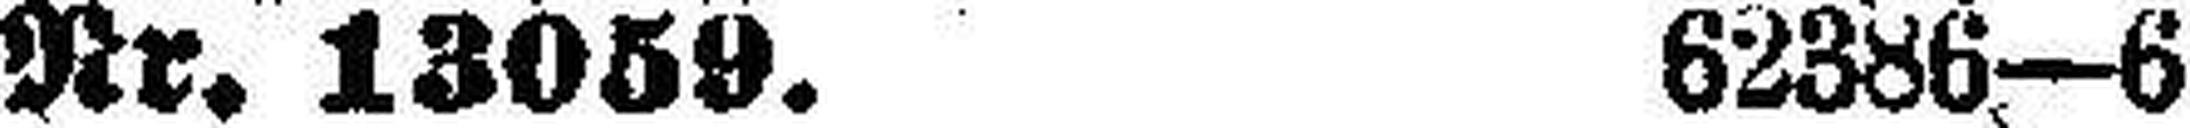
Nr. 13059. 62386—6